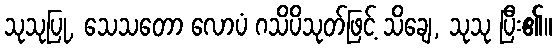
သုသုပြု, သေသတော လောပံ ဂသိပိသုတ်ဖြင့် သိချေ, သုသု ပြီး၏။